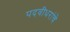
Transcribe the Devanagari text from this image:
पदवीधरांचे